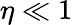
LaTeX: \eta\ll 1